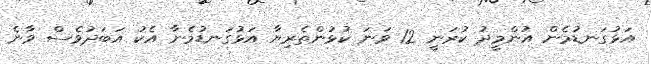
އަޅުގަނޑުމެން އުންމީދު ކުރަނީ 12 ވަނަ ކުޅުންތެރިޔާ އަޅުގަނޑުމެނާ އެކު އަބަދުވެސް ވާނެ